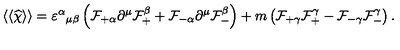
\langle \langle \widehat \chi \rangle \rangle = { \varepsilon ^ { \alpha } } _ { \mu \beta } \left( { \cal F } _ { + \alpha } \partial ^ { \mu } { \cal F } _ { + } ^ { \beta } + { \cal F } _ { - \alpha } \partial ^ { \mu } { \cal F } _ { - } ^ { \beta } \right) + m \left( { \cal F } _ { + \gamma } { \cal F } _ { + } ^ { \gamma } - { \cal F } _ { - \gamma } { \cal F } _ { - } ^ { \gamma } \right) .